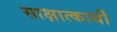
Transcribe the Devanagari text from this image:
साक्षात्कार्थी